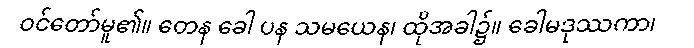
ဝင်တော်မူ၏။ တေန ခေါ ပန သမယေန၊ ထိုအခါ၌။ ခေါမဒုဿကာ၊